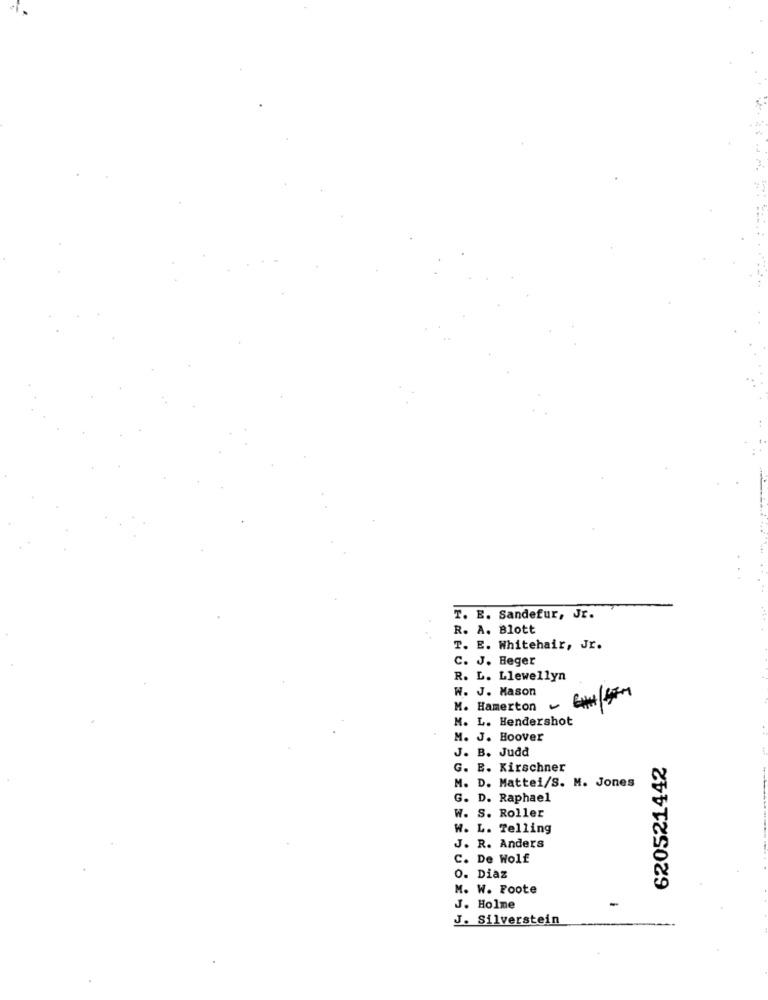
T. E. Sandefur, Jr.
R. A. Blott
T. E. Whitehair, Jr.
C. J. Heger
R. L. Llewellyn
W. J. Mason
M. Hamerton
M. L. Hendershot
M. J. Hoover
J. B. Judd
620521442
G. E. Kirschner
M. D. Mattei/S. M. Jones
G. D. Raphael
W. S. Roller
W. L. Telling
J. R. Anders
C. De Wolf
0. Diaz
M. W. Foote
J. Holme
-
J. Silverstein